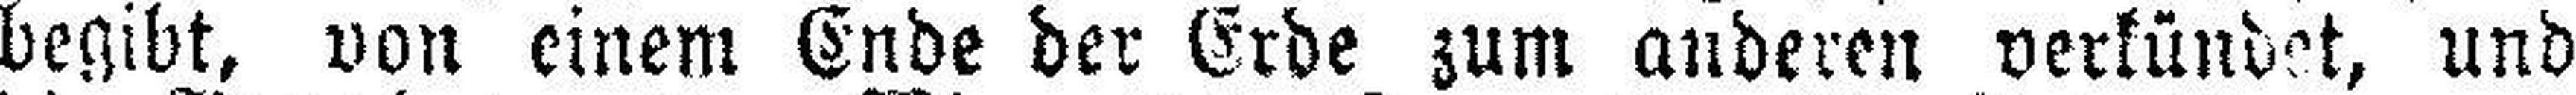
begibt, von einem Ende der Erde zum anderen verkündet, und